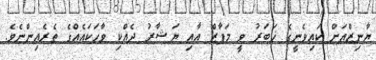
ޔާނިޒްއަށް ކައިވެނީގެ ޚަބަރު ވީ މަފާޒް އާއި ޔަޝާރު ދެއްކި ވާހަކައެއްގެ ތެރެއިންނެވެ.